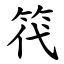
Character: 笩